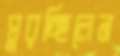
ঘুরচ্ছিলেন